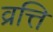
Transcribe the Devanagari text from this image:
व्रत्ति